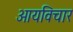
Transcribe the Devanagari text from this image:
आयविचार